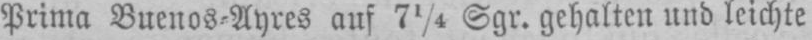
Prima Buenos⸗Ayres auf 71/4 Sgr. gehalten und leichte